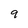
Character: 9